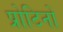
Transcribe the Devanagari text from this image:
प्रोटिनों